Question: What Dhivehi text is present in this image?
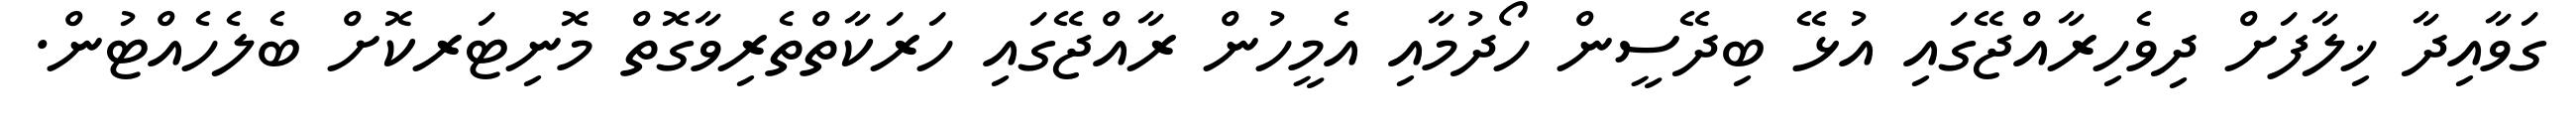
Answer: ގަވާއިދާ ޚިލާފަށް ދިވެހިރާއްޖޭގައި އުޅޭ ބިދޭސީން ހޯދުމާއި އެމީހުން ރާއްޖޭގައި ހަރަކާތްތެރިވާގޮތް މޮނިޓަރކޮށް ބެލެހެއްޓުން.